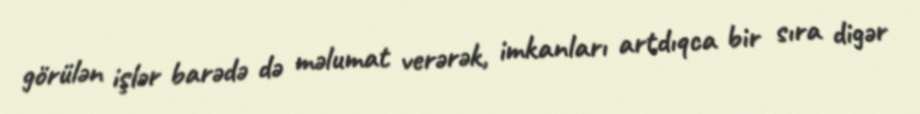
görülən işlər barədə də məlumat verərək, imkanları artdıqca bir sıra digər